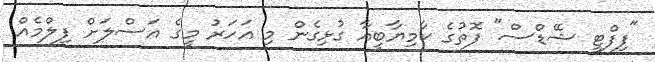
"ފިފްޓީ ޝޭޑްސް" ފޮތުގެ ކާމިޔާބީއާ ގުޅިގެން މި އަހަރު މީގެ އަސްލަށް ފިލްމެއް